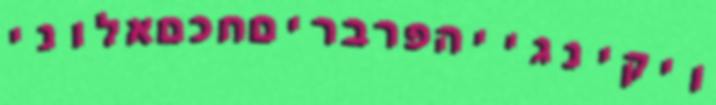
ויקינגייהפרבריםחכםאלוני